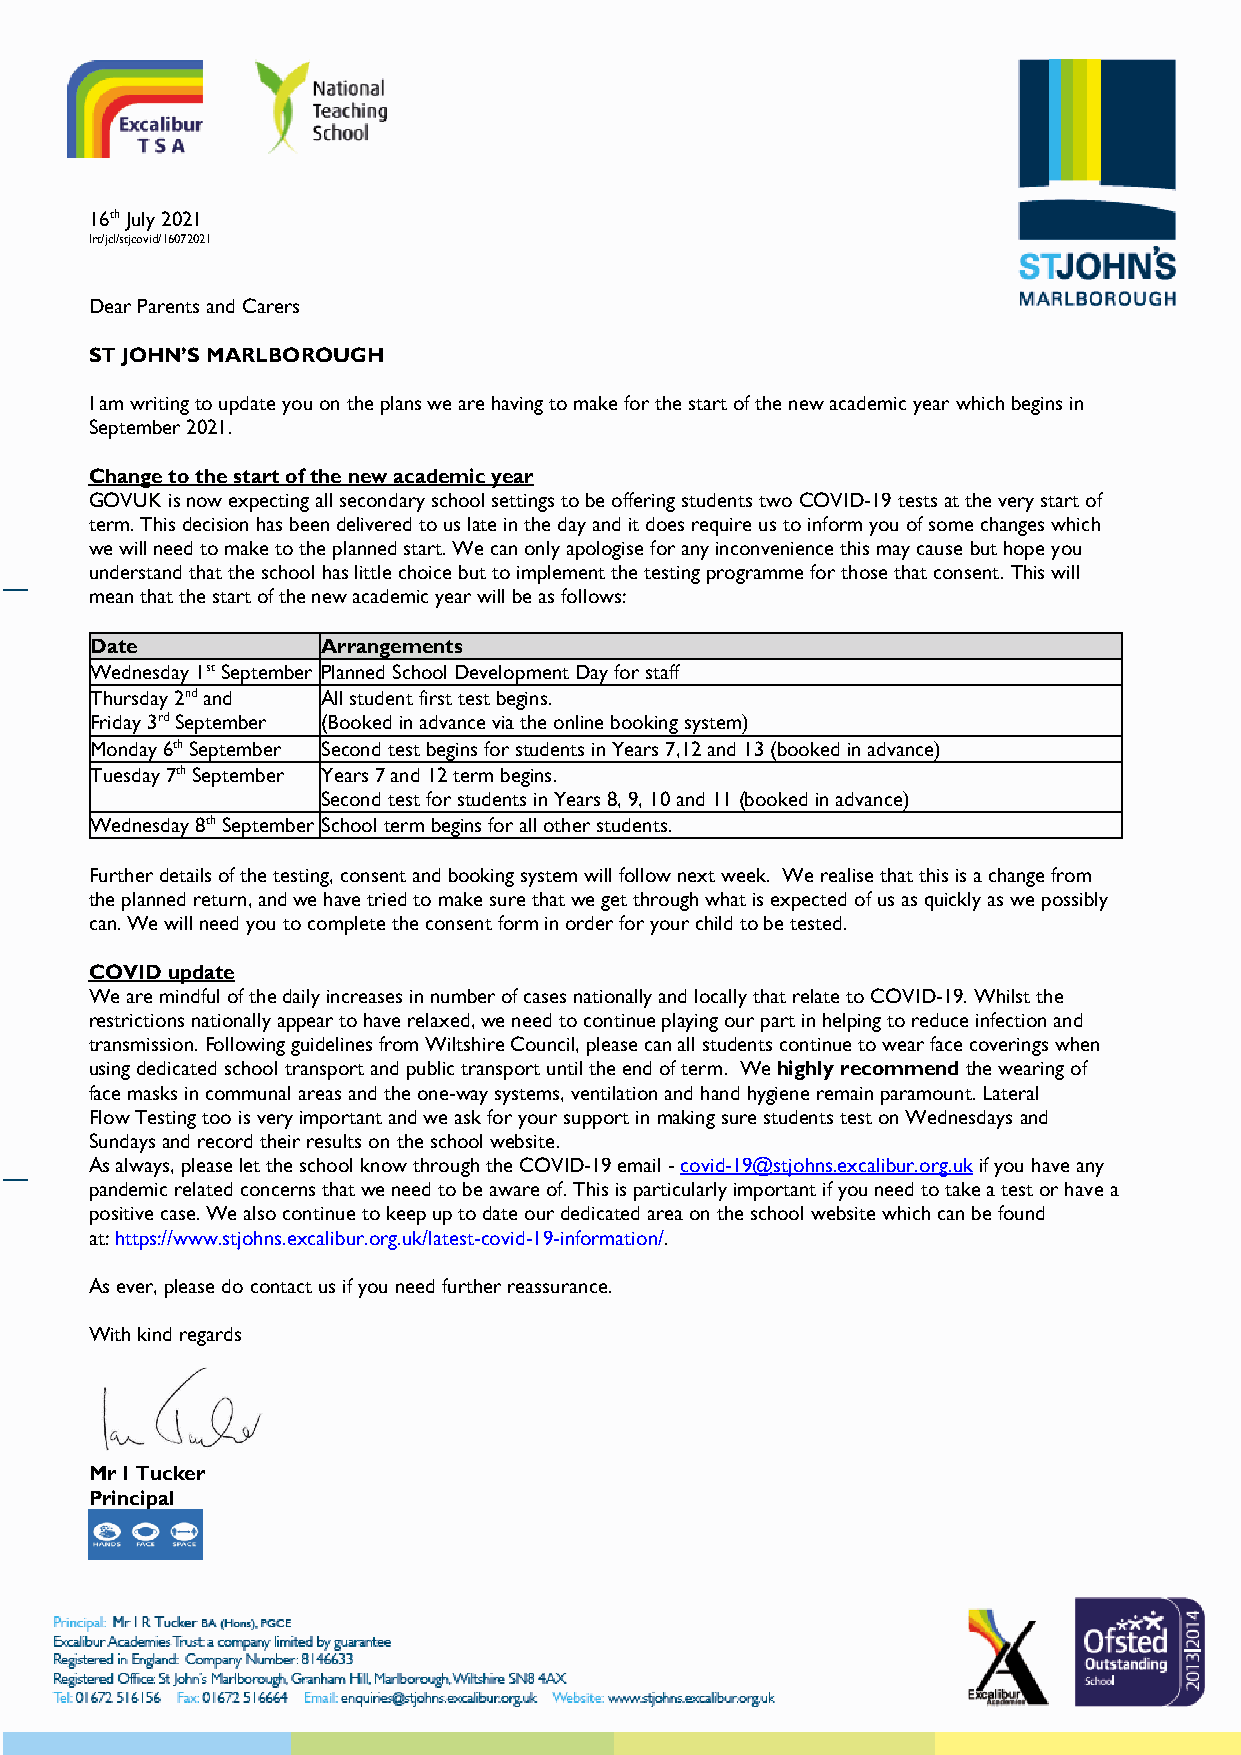
16th July 2021
 Irt/jcl/stjcovid/16072021
 Dear Parents and Carers
 ST JOHN’S MARLBOROUGH
 I am writing to update you on the plans we are having to make for the start of the new academic year which begins in
 September 2021.
 Change to the start of the new academic year
 GOVUK is now expecting all secondary school settings to be offering students two COVID-19 tests at the very start of
 term. This decision has been delivered to us late in the day and it does require us to inform you of some changes which
 we will need to make to the planned start. We can only apologise for any inconvenience this may cause but hope you
 understand that the school has little choice but to implement the testing programme for those that consent. This will
 mean that the start of the new academic year will be as follows:
 Date           Arrangements
 Wednesday 1st September Planned School Development Day for staff
 Thursday 2nd and All student first test begins.
 Friday 3rd September (Booked in advance via the online booking system)
 Monday 6th September Second test begins for students in Years 7,12 and 13 (booked in advance)
 Tuesday 7th September Years 7 and 12 term begins.
 Second test for students in Years 8, 9, 10 and 11 (booked in advance)
 Wednesday 8th September School term begins for all other students.
 Further details of the testing, consent and booking system will follow next week. We realise that this is a change from
 the planned return, and we have tried to make sure that we get through what is expected of us as quickly as we possibly
 can. We will need you to complete the consent form in order for your child to be tested.
 COVID update
 We are mindful of the daily increases in number of cases nationally and locally that relate to COVID-19. Whilst the
 restrictions nationally appear to have relaxed, we need to continue playing our part in helping to reduce infection and
 transmission. Following guidelines from Wiltshire Council, please can all students continue to wear face coverings when
 using dedicated school transport and public transport until the end of term. We highly recommend the wearing of
 face masks in communal areas and the one-way systems, ventilation and hand hygiene remain paramount. Lateral
 Flow Testing too is very important and we ask for your support in making sure students test on Wednesdays and
 Sundays and record their results on the school website.
 As always, please let the school know through the COVID-19 email - covid-19@stjohns.excalibur.org.uk if you have any
 pandemic related concerns that we need to be aware of. This is particularly important if you need to take a test or have a
 positive case. We also continue to keep up to date our dedicated area on the school website which can be found
 at: https://www.stjohns.excalibur.org.uk/latest-covid-19-information/.
 As ever, please do contact us if you need further reassurance.
 With kind regards
 Mr I Tucker
 Principal